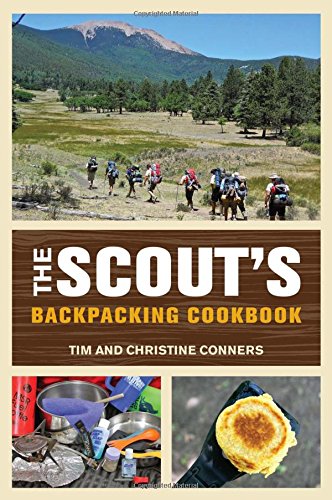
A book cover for Scout's Backpacking Cookbook; Christine Conners; Cookbooks, Food & Wine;